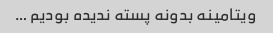
ویتامینه بدونه پسته ندیده بودیم …